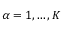
\alpha = 1 , \ldots , K